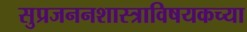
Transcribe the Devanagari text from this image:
सुप्रजननशास्त्राविषयकच्या